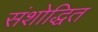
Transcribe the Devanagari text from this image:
संशोद्धित